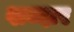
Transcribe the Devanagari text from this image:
शब्दार